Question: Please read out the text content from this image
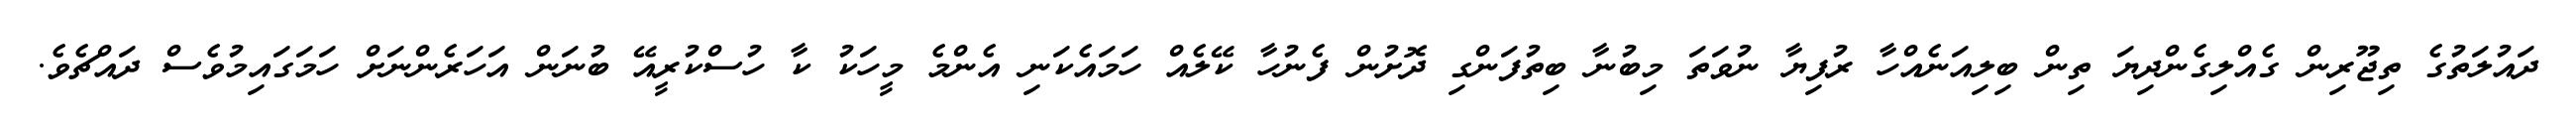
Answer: ދައުލަތުގެ ތިޖޫރިން ގެއްލިގެންދިޔަ ތިން ބިލިއަނެއްހާ ރުފިޔާ ނުވަތަ މިބުނާ ބިތުފަންގި ދޮށުން ފެނުހާ ކޭލެއް ހަމައެކަނި އެންމެ މީހަކު ކާ ހުސްކުރީއޭ ބުނަން އަހަރެންނަށް ހަމަގައިމުވެސް ދައްޗެވެ.